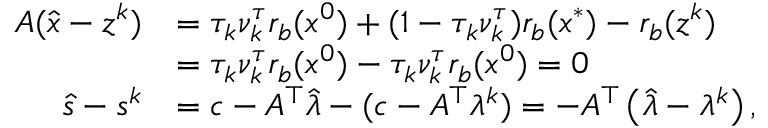
\begin{array} { r l } { A ( \hat { x } - z ^ { k } ) } & { = \tau _ { k } \nu _ { k } ^ { \tau } r _ { b } ( x ^ { 0 } ) + ( 1 - \tau _ { k } \nu _ { k } ^ { \tau } ) r _ { b } ( x ^ { * } ) - r _ { b } ( z ^ { k } ) } \\ & { = \tau _ { k } \nu _ { k } ^ { \tau } r _ { b } ( x ^ { 0 } ) - \tau _ { k } \nu _ { k } ^ { \tau } r _ { b } ( x ^ { 0 } ) = 0 } \\ { \hat { s } - s ^ { k } } & { = c - A ^ { \top } \hat { \lambda } - ( c - A ^ { \top } \lambda ^ { k } ) = - A ^ { \top } \left( \hat { \lambda } - \lambda ^ { k } \right) , } \end{array}